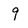
Character: 9